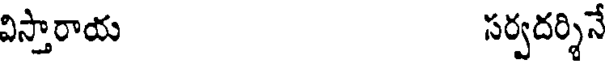
విస్తారాయ సర్వదర్శిన